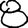
Digit: 8